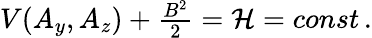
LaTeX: \begin{array}{r}{V(A_{y},A_{z})+\frac{B^{2}}{2}={\mathcal{H}}=const\, .}\end{array}